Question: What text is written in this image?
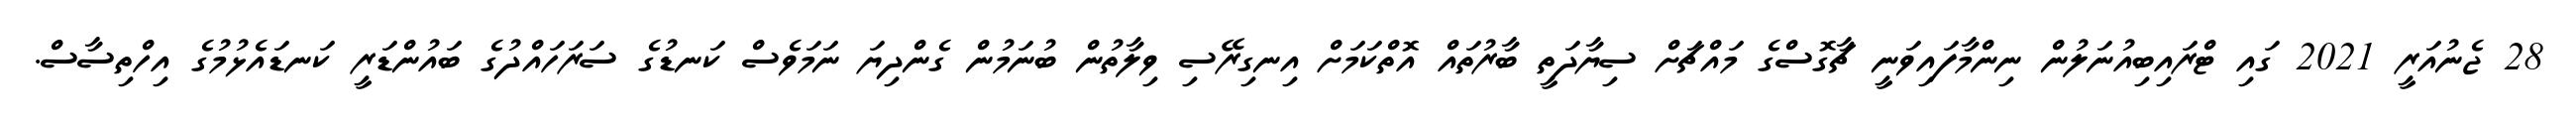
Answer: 28 ޖެނުއަރީ 2021 ގައި ޓްރައިބިއުނަލުން ނިންމާފައިވަނީ ޗާގޮސްގެ މައްޗަށް ސިޔާދަތީ ބާރުތައް އޮތްކަމަށް އިނގިރޭސި ވިލާތުން ބުނަމުން ގެންދިޔަ ނަމަވެސް ކަނޑުގެ ސަރަހައްދުގެ ބައުންޑަރީ ކަނޑައެޅުމުގެ އިހްތިސާސް.